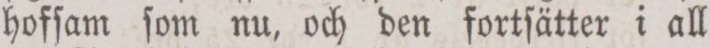
hofſam ſom nu, och den fortſätter i all